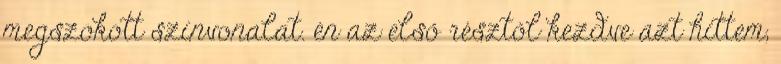
megszokott színvonalat. én az első résztől kezdve azt hittem,